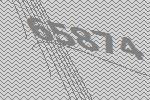
65874